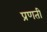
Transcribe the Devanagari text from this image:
प्रणती